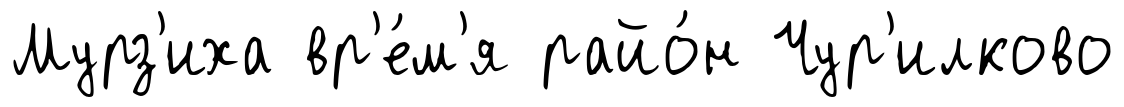
Мурз'иха вр'е́м'я райо́н Чур'илково